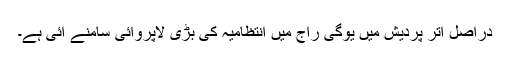
دراصل اتر پردیش میں یوگی راج میں انتظامیہ کی بڑی لاپروائی سامنے آئی ہے۔